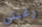
رغبتي